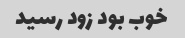
خوب بود زود رسید